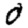
Digit: 0